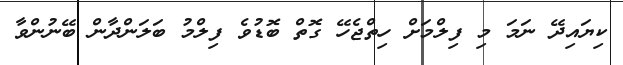
ކިޔައިދޭ ނަމަ މި ފިލްމަށް ހިތްޖެހޭ ގޮތް ބޮޑުވެ ފިލްމު ބަލަންދާން ބޭނުންވާ